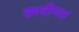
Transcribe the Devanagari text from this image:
कादीमत